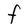
Character: F